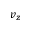
v _ { z }